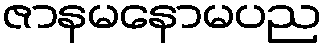
ဇာနမနောမပည